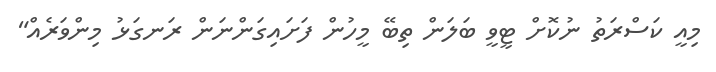
މިއީ ކަސްރަތު ނުކޮށް ޓީވީ ބަލަން ތިބޭ މީހުން ފަށައިގަންނަން ރަނގަޅު މިންވަރެއް"